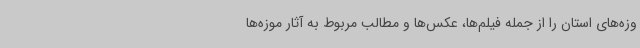
وزه‌های استان را از جمله فیلم‌ها، عکس‌ها و مطالب مربوط به آثار موزه‌ها